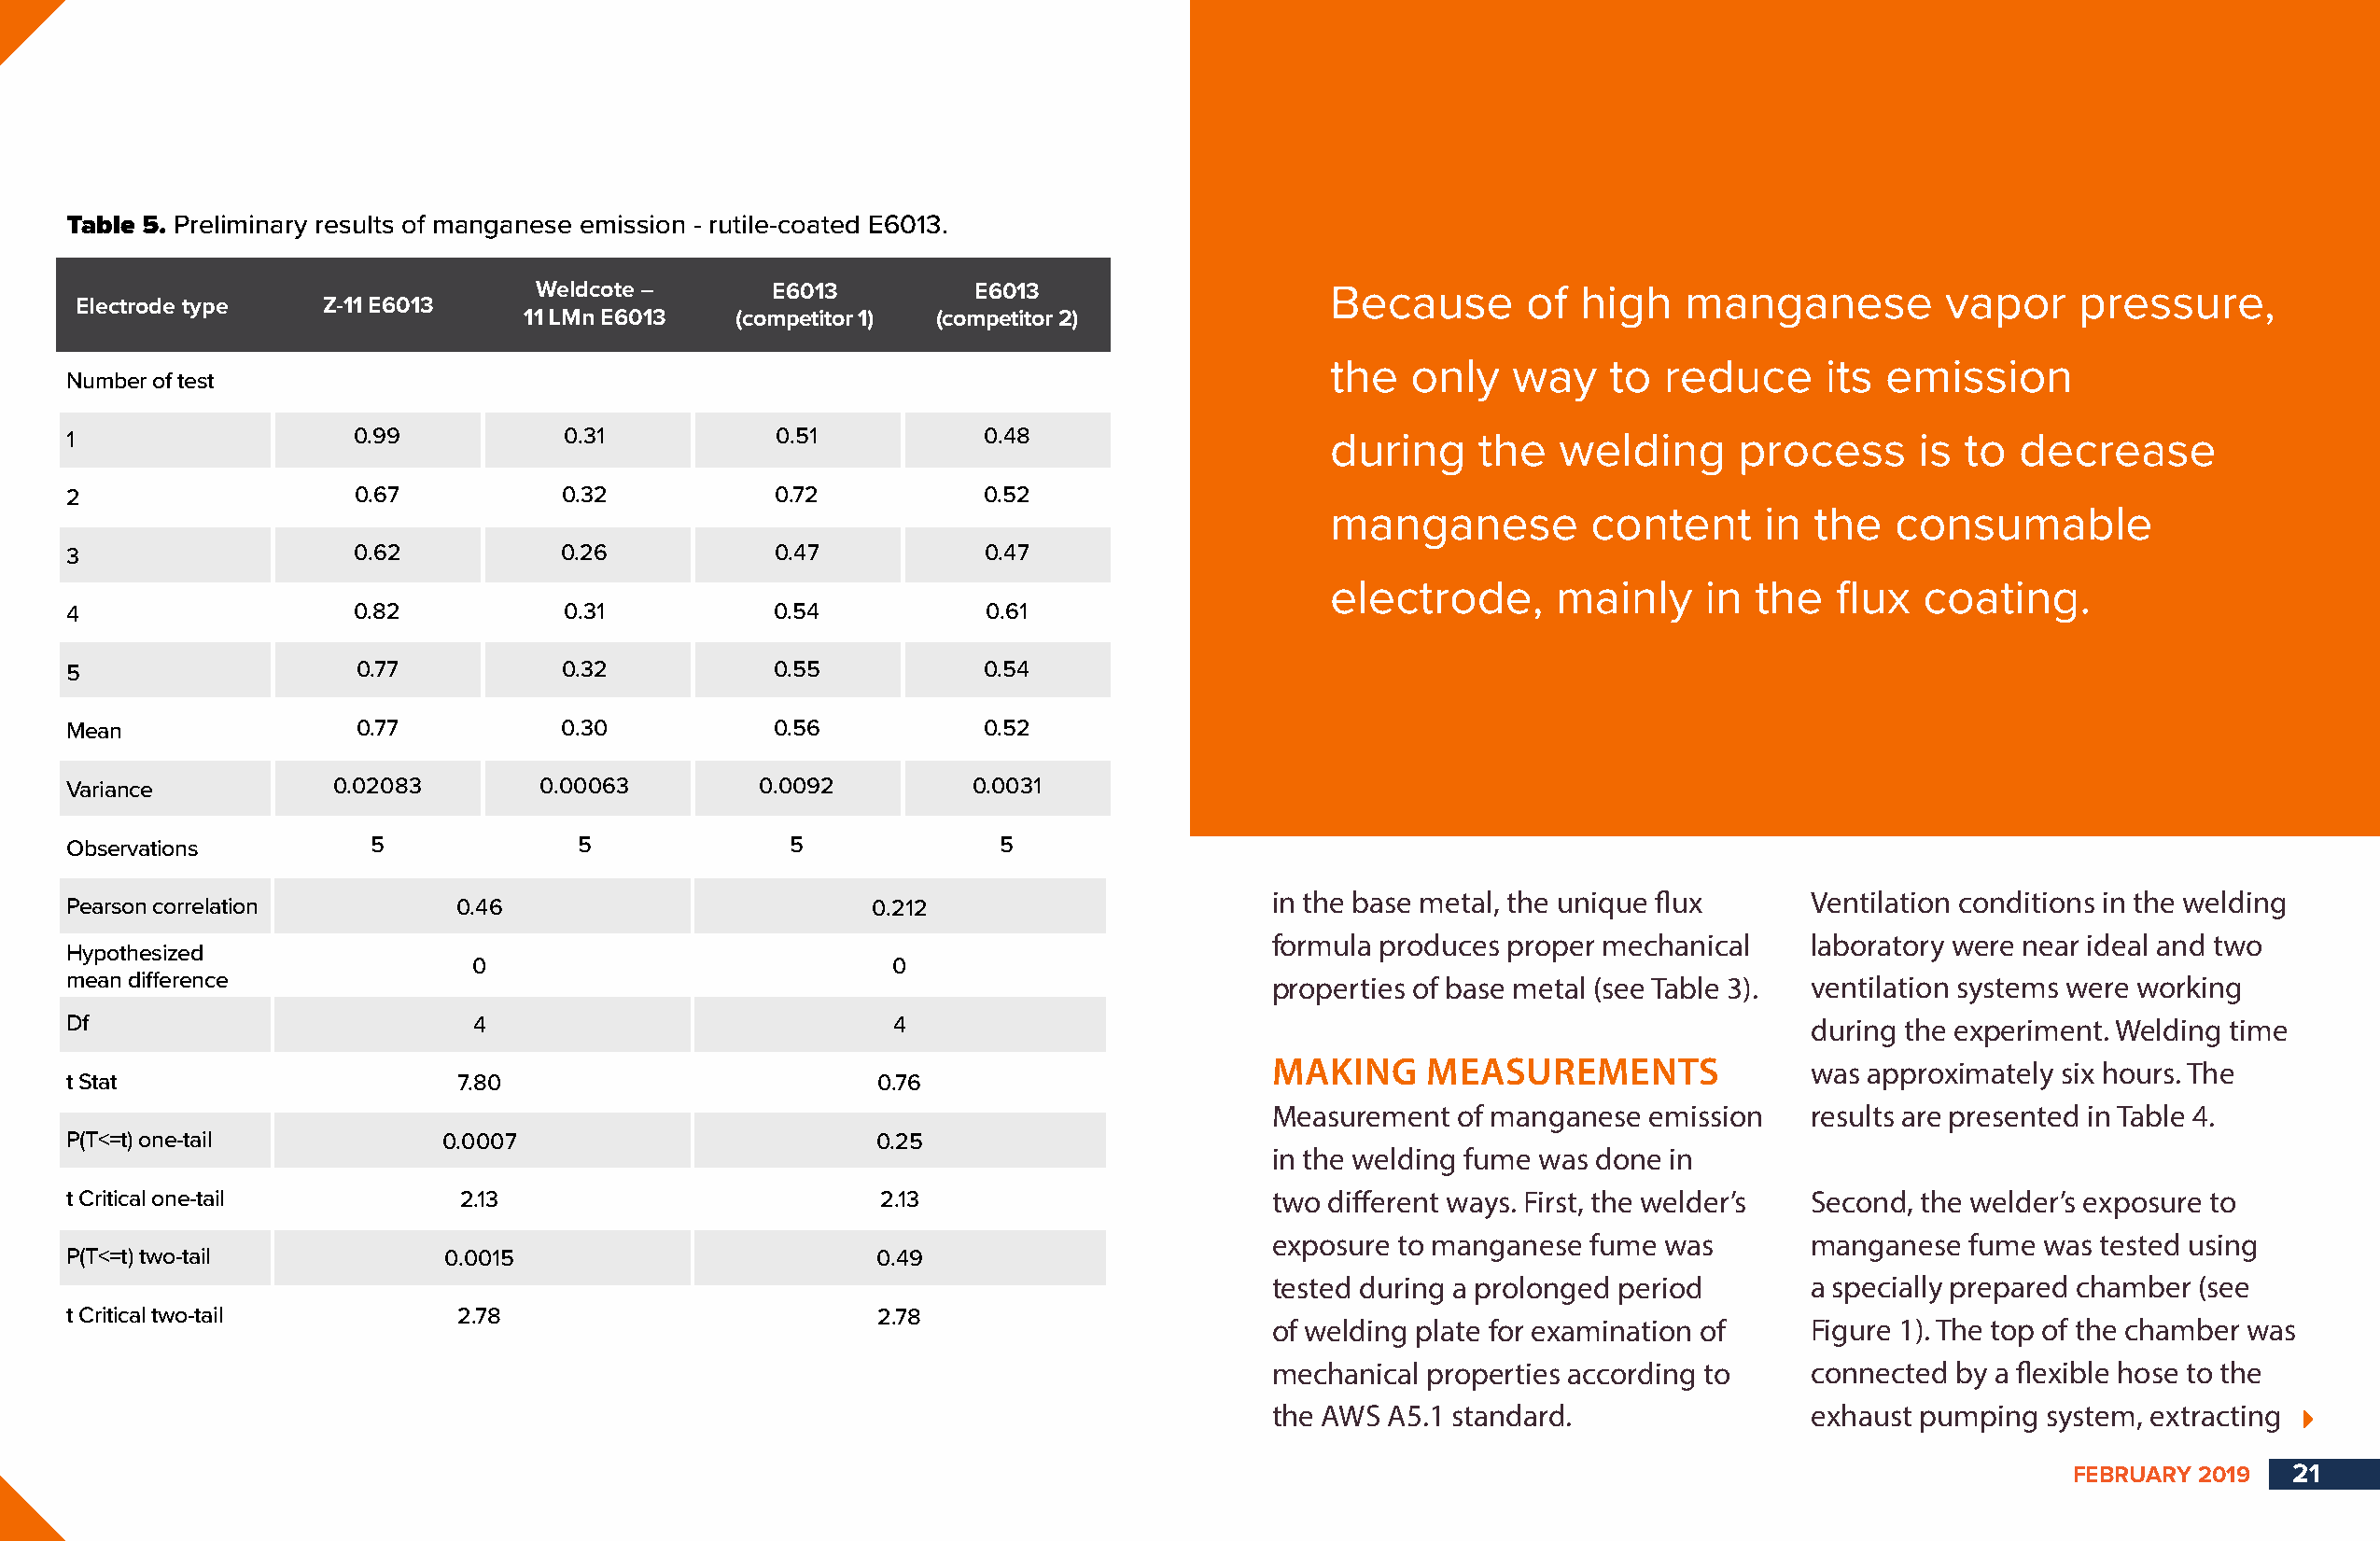
Table 5. Preliminary results of manganese emission - rutile-coated E6013.
 Weldcote –       E6013         E6013                    Because       of  high   manganese          vapor    pressure,
 Electrode type    Z-11 E6013
 11 LMn E6013   (competitor 1) (competitor 2)
 the   only   way    to  reduce     its  emission
 Number of test
 1                   0.99           0.31           0.51           0.48                    during     the   welding     process      is to  decrease
 2                   0.67           0.32           0.72           0.52
 manganese          content     in  the  consumable
 3                   0.62           0.26           0.47           0.47
 electrode,      mainly     in the   flux  coating.
 4                   0.82           0.31           0.54           0.61
 5                   0.77           0.32           0.55           0.54
 Mean                0.77           0.30           0.56           0.52
 Variance           0.02083       0.00063         0.0092         0.0031
 Observations         5              5              5              5
 in the base metal, the unique flux    Ventilation conditions in the welding
 Pearson correlation        0.46                          0.212
 formula produces proper mechanical    laboratory were near ideal and two
 Hypothesized
 0                            0
 mean difference                                                                      properties of base metal (see Table 3). ventilation systems were working
 Df                           4                            4                                                                during the experiment. Welding time
 MAKING     MEASUREMENTS               was approximately six hours. The
 t Stat                     7.80                          0.76
 Measurement  of manganese  emission   results are presented in Table 4.
 P(T<=t) one-tail          0.0007                         0.25
 in the welding fume was done in
 t Critical one-tail         2.13                         2.13                        two different ways. First, the welder’s Second, the welder’s exposure to
 exposure to manganese  fume was       manganese   fume was tested using
 P(T<=t) two-tail           0.0015                        0.49
 tested during a prolonged period      a specially prepared chamber (see
 t Critical two-tail        2.78                          2.78
 of welding plate for examination of   Figure 1). The top of the chamber was
 mechanical properties according to    connected  by a flexible hose to the
 the AWS A5.1 standard.                exhaust pumping  system, extracting
 FEBRUARY 2019   21